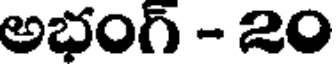
అభంగ్ - 20